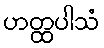
ဟတ္ထပါသံ